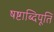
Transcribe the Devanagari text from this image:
षष्टाब्दिपूर्ति